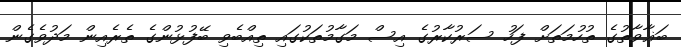
ބަޣާވާތުގެ ތުހުމަތަށް ފަހު ސަރުކާރުގެ އިސް މަގާމުތަކުގައި ތިއްބެވި ބޭފުޅުންގެ ތެރެއިން މަދުވެގެން